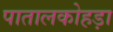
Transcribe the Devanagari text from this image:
पातालकोहड़ा